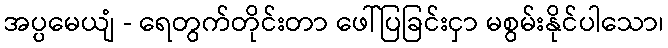
အပ္ပမေယျံ - ရေတွက်တိုင်းတာ ဖေါ်ပြခြင်းငှာ မစွမ်းနိုင်ပါသော၊